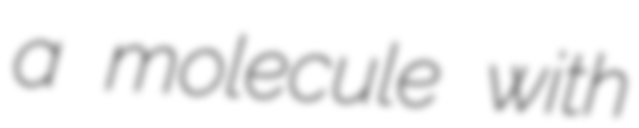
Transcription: a molecule with